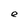
Character: e